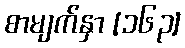
စာမျက်နှာ [၁၆၃]